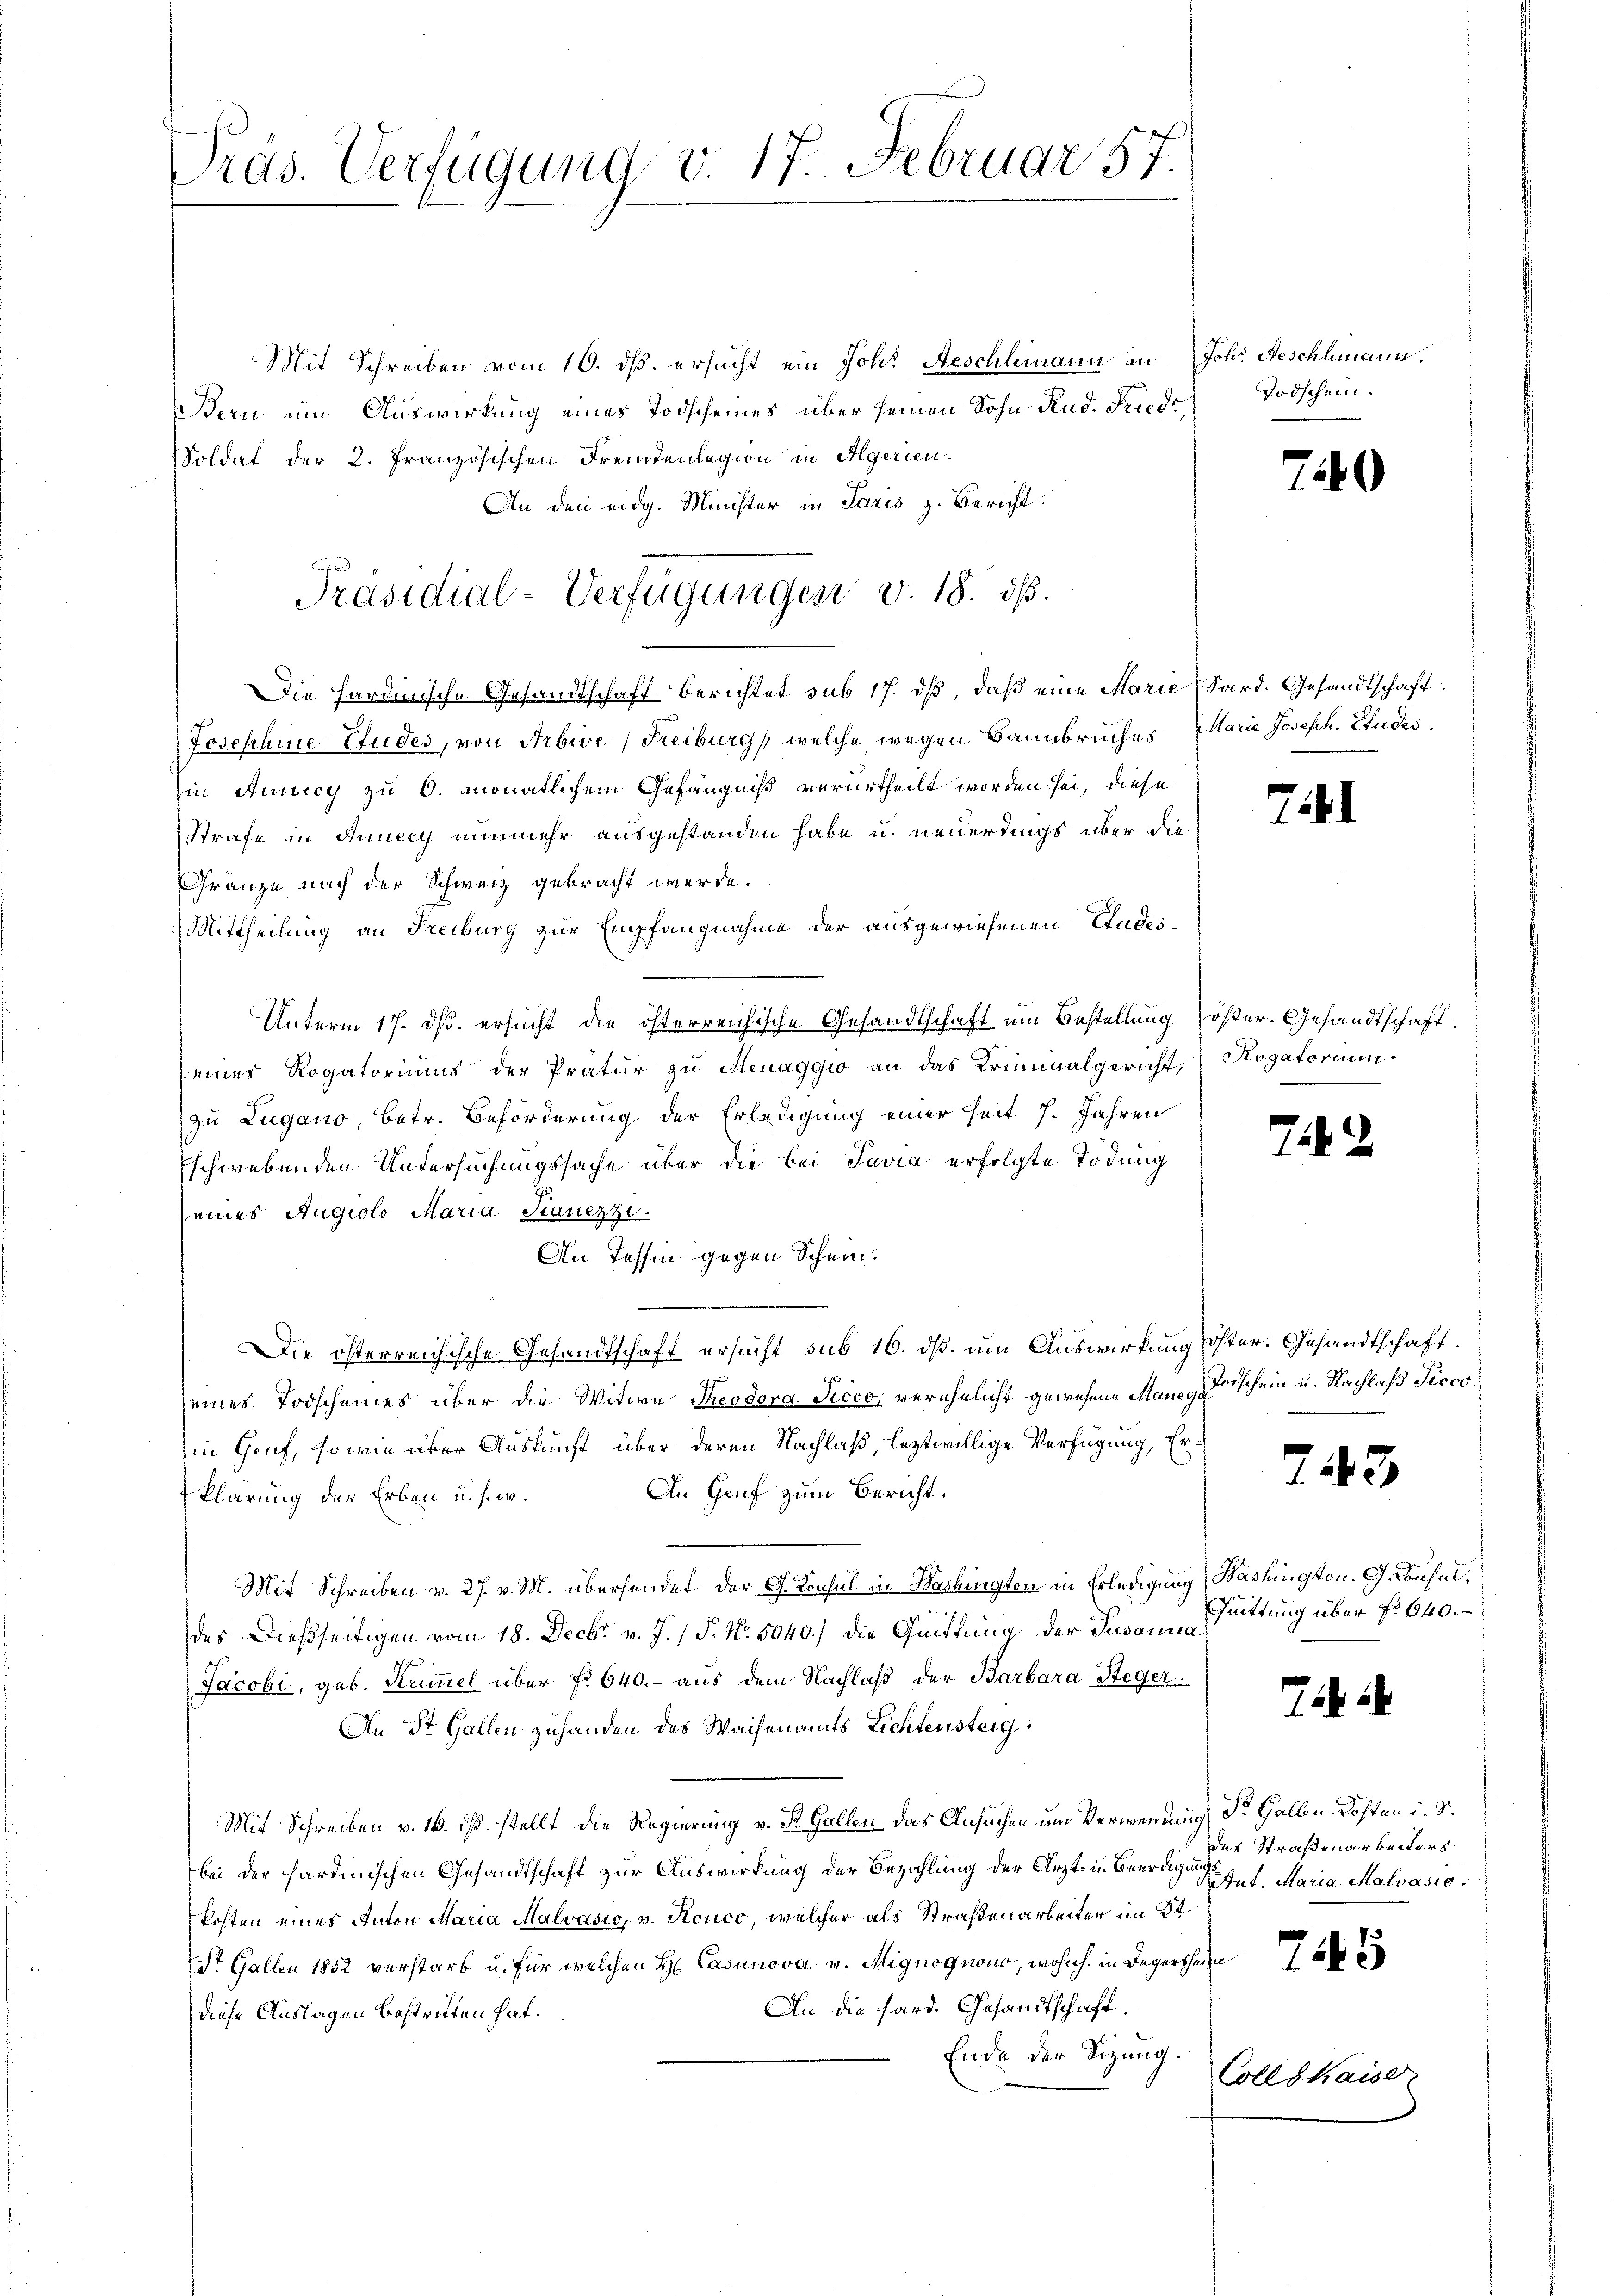
Pras. Verfügung v. 17. Februar 57.

Mit Schreiben vom 10. ds. ersucht ein Joh. Aeschlemann in
Bern um Auswirkung eines Todscheines über seinen Sohn Rud. Friedi
Soldat der 2. Französischen Fremdenlegion in Algerien.
An den eidg. Minister in Paris z. Bericht
Präsidial-Verfügungen v. 18. ds.

Die hardinische Gesandtschaff-Berichtet sub 17. dß, daß eine Marie Sard. Gesandtschaft

Joh. Geschlmann.
Todschein.

Josephine Studes, von Arbive (Freiburg, welche wegen Bannbruches Maria Joseph. Studes.
in Annicy zu O. monatlichem Gefängniß verurtheilt worden sei, diese
Strafe in Annecy nunmehr ausgestanden habe u. neuerdings über die
Gränze nach der Schweiz gebracht werde.
Mittheilung an Freiburg zur Empfangnahme der ausgewiesenen Studes¬
Unterm 17. ds. ersucht die österreichische Gesandtschaft um Bestellung öster. Gesandtschaft.
seines Rogatoriums der Pratur zu Menaggio an das Kriminalgericht, Rogatorium
zu Lugano, Betr. Beförderung der Erledigung einer Zeit 7. Jahren
Eschwebenden Untersuchungssache über die bei Javia erfolgte Todung
eines Angiolo Maria Stauezzi
An Tessin gegen Schein.
Die österreichische Gesandtschaft ersucht sub 16. dß. um Auswirkung soster. Gesandtschaft.
seines Todscheines über die Witwe Theodora Picco, verehelicht gewesene Mannischein u. Nachlaß Siecoin Gruf, so wie über Auskunft über deren Nachlaß, leztwillige Verfügung, Er¬
An Genf zum Bericht.
klärung der Erben u. s. w.
Mit Schreiben v. 27. v. M. übersendet der G. Konsul in Washingten in Erledigung, Washington. G. Consul,
des Dießseitigen vom 18. Decbr v. J. / P. Nr. 5040.) die Quittung der Susanna
Jacobi, geb. Kummel über No 640.- aus dem Nachlaß der Barbara Steger.
An St. Gallen zuhanden des Waisenamts Lichtensteig:
Mit Schreiben v. 16. ist stellt die Regierung v. St. Gallen das Ansuchen um Verwendung Sr. Halben Kosten u. d.
bei der sardinischen Gesandtschaft zur Auswirkung der Bezahlung der Arzt- u. Beerdigung
kosten eines Anton Maria Malvasio, v. Ronco, welcher als Straßenarbeiter im St
st Gallen 1852 verstarb u. für welchen H. Casanova v. Mignognono, wohnh. in Degershei
An die hard. Gesandtschaft.
diese Auslagen bestritten hat.
Ende der Sitzung.

71

740

Ti

73

Quittung über f. 640.

ddes Straßenarbeiters
tut. Maria Malvasio.

745

Coll Saise